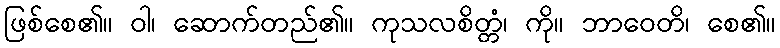
ဖြစ်စေ၏။ ဝါ၊ ဆောက်တည်၏။ ကုသလစိတ္တံ၊ ကို။ ဘာဝေတိ၊ စေ၏။